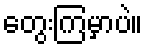
တွေးကြမှာပဲ။